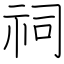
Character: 祠